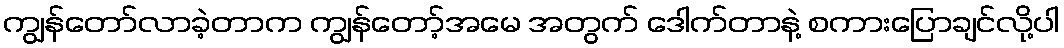
ကျွန်တော်လာခဲ့တာက ကျွန်တော့်အမေ အတွက် ဒေါက်တာနဲ့ စကားပြောချင်လို့ပါ